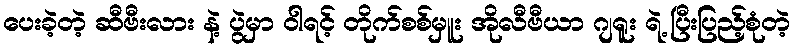
ပေးခဲ့တဲ့ ဆီဗီးလား နဲ့ ပွဲမှာ ဝါရင့် တိုက်စစ်မှူး အိုလီဗီယာ ဂျရူး ရဲ့ ပြီးပြည့်စုံတဲ့